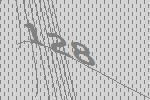
128